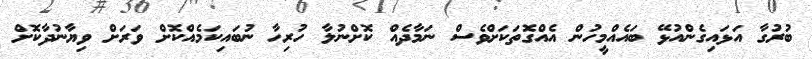
ބުރުގާ އަޅައިގެންއުޅޭ ބައެއްމީހުން އެއްގޮތަކަށްވެސް ނަމާދެއް ކޮށްނުލާ ހުރިހާ ނުބައިކަމެއްކޮށް ވަރަށް ވިޔާނުދާކޮށް